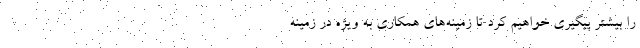
را بیشتر پیگیری خواهیم کرد تا زمینه‌های همکاری‌ به ویژه در زمینه